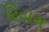
રિયમ